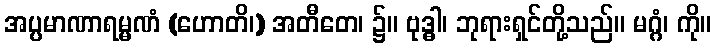
အပ္ပမာဏာရမ္မဏံ (ဟောတိ၊) အတီတေ၊ ၌။ ဗုဒ္ဓါ၊ ဘုရားရှင်တို့သည်။ မဂ္ဂံ၊ ကို။